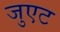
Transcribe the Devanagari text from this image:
जुएट